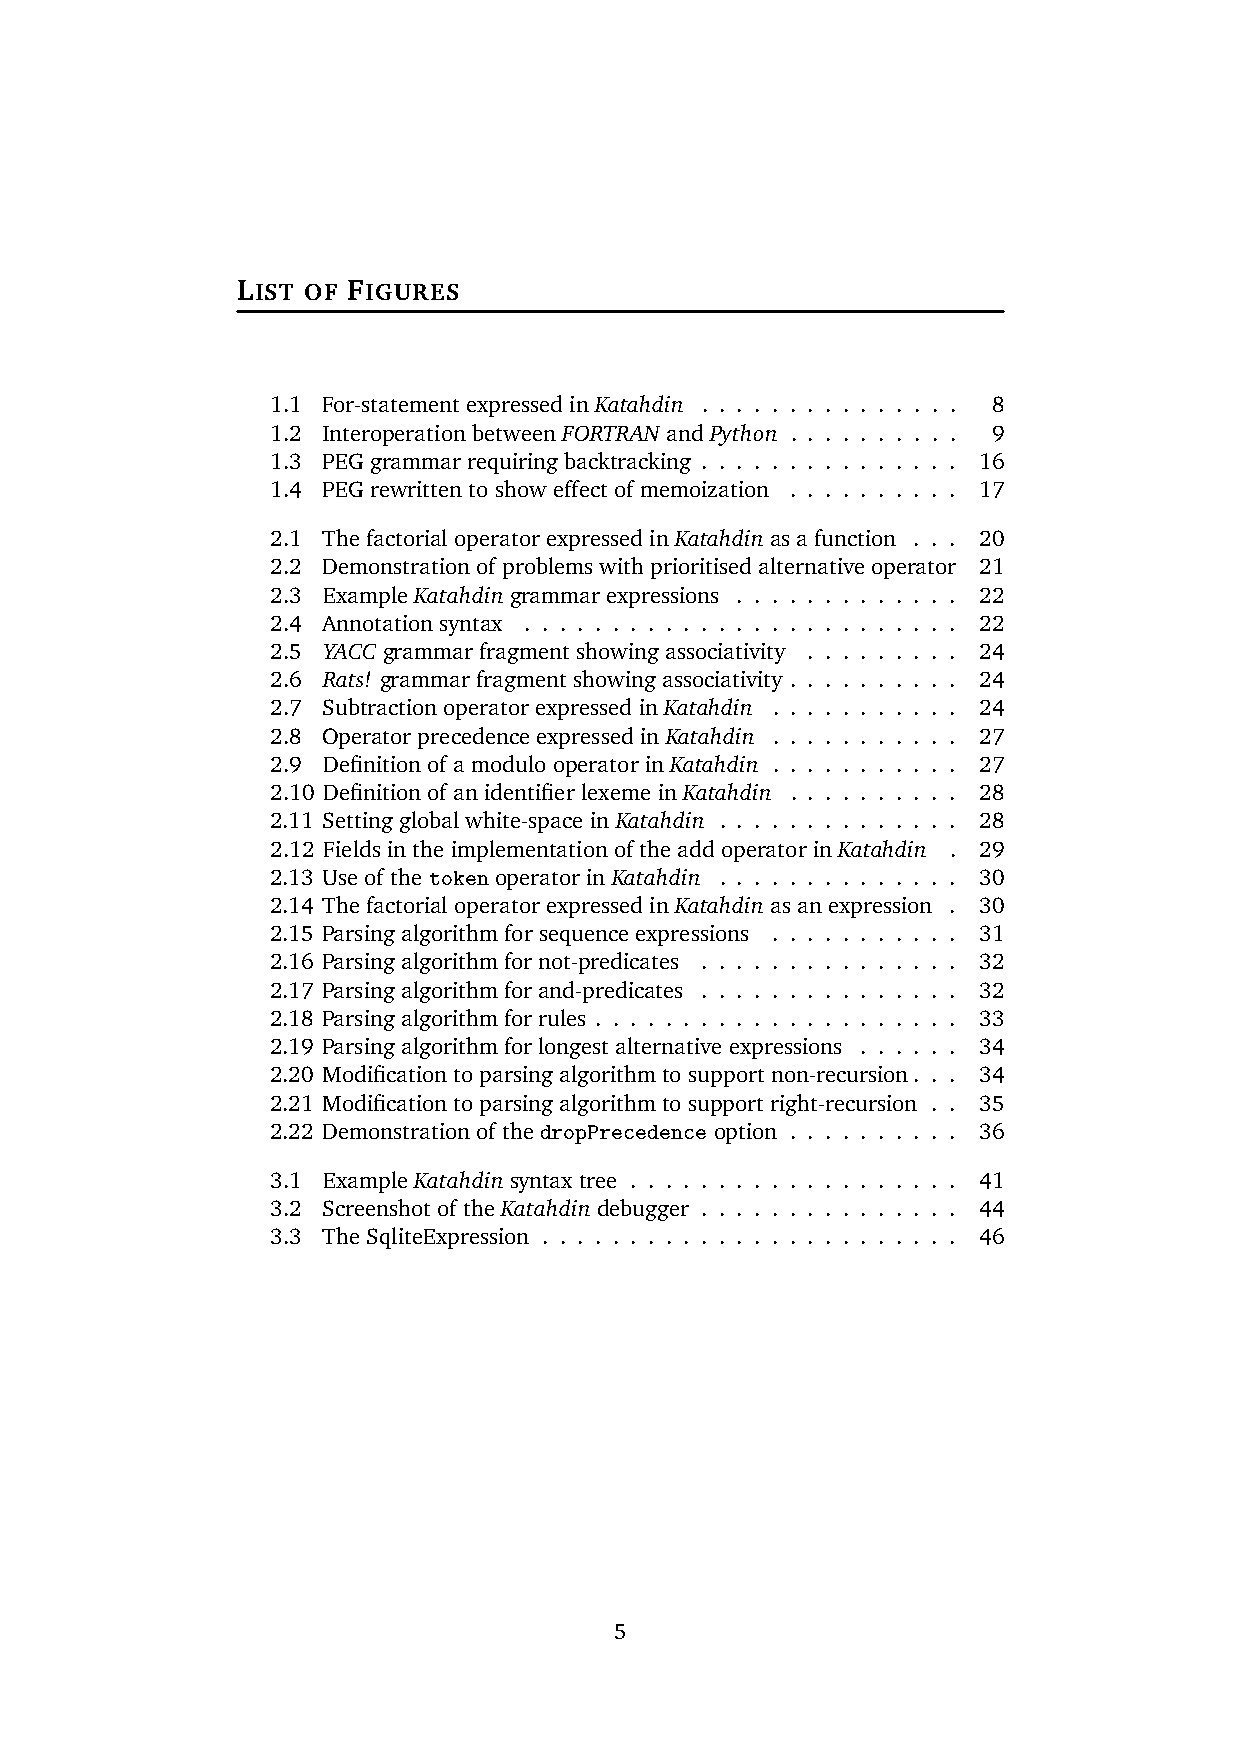
LIST OF FIGURES
 1.1 For-statement expressed in Katahdin . . . . . . . . . . . . . . . 8
 1.2 Interoperation between FORTRAN and Python . . . . . . . . . . 9
 1.3 PEG grammar requiring backtracking . . . . . . . . . . . . . . . 16
 1.4 PEG rewritten to show effect of memoization . . . . . . . . . . 17
 2.1 The factorial operator expressed in Katahdin as a function . . . 20
 2.2 Demonstration of problems with prioritised alternative operator 21
 2.3 Example Katahdin grammar expressions . . . . . . . . . . . . . 22
 2.4 Annotation syntax . . . . . . . . . . . . . . . . . . . . . . . . . 22
 2.5 YACC grammar fragment showing associativity . . . . . . . . . 24
 2.6 Rats! grammar fragment showing associativity . . . . . . . . . . 24
 2.7 Subtraction operator expressed in Katahdin . . . . . . . . . . . 24
 2.8 Operator precedence expressed in Katahdin . . . . . . . . . . . 27
 2.9 Definition of a modulo operator in Katahdin . . . . . . . . . . . 27
 2.10 Definition of an identifier lexeme in Katahdin . . . . . . . . . . 28
 2.11 Setting global white-space in Katahdin . . . . . . . . . . . . . . 28
 2.12 Fields in the implementation of the add operator in Katahdin . 29
 2.13 Use of the token operator in Katahdin . . . . . . . . . . . . . . 30
 2.14 The factorial operator expressed in Katahdin as an expression . 30
 2.15 Parsing algorithm for sequence expressions . . . . . . . . . . . 31
 2.16 Parsing algorithm for not-predicates . . . . . . . . . . . . . . . 32
 2.17 Parsing algorithm for and-predicates . . . . . . . . . . . . . . . 32
 2.18 Parsing algorithm for rules . . . . . . . . . . . . . . . . . . . . . 33
 2.19 Parsing algorithm for longest alternative expressions . . . . . . 34
 2.20 Modification to parsing algorithm to support non-recursion. . . 34
 2.21 Modification to parsing algorithm to support right-recursion . . 35
 2.22 Demonstration of the dropPrecedence option . . . . . . . . . . 36
 3.1 Example Katahdin syntax tree . . . . . . . . . . . . . . . . . . . 41
 3.2 Screenshot of the Katahdin debugger . . . . . . . . . . . . . . . 44
 3.3 The SqliteExpression . . . . . . . . . . . . . . . . . . . . . . . . 46
 5